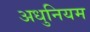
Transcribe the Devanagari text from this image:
अधुनियम